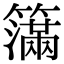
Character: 𥵥